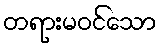
တရားမဝင်သော